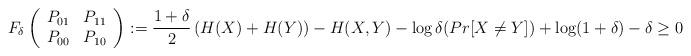
LaTeX: \begin{align*}F_\delta\left(\begin{array}{cc}P_{01} & P_{11} \\P_{00} & P_{10} \end{array}\right) := \frac{1+\delta}{2}\left( H(X) + H(Y) \right) - H(X,Y) - \log \delta (Pr[X \not = Y]) + \log(1+\delta) - \delta \ge 0\end{align*}